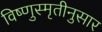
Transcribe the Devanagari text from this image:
विष्णुस्मृतीनुसार